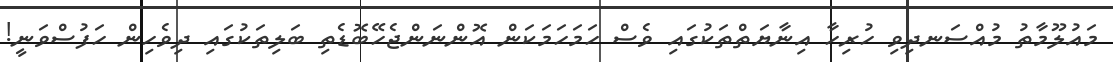
މައުލޫމާތު މުއްސަނދިވި ހުރިހާ އިނާޔަތްތަކުގައި ވެސް ހަމަހަމަކަން އޮންނަންޖެހޭބޮޑެތި ބަލިތަކުގައި ދިވެހިން ހަފުސްވަނީ!